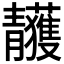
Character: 𩇥